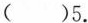
( )5.